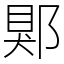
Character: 郹